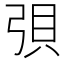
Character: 𫸳